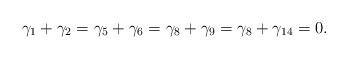
LaTeX: \begin{align*} \gamma_{1} + \gamma_{2}= \gamma_{5} + \gamma_{6} = \gamma_{8} + \gamma_{9} = \gamma_{8} + \gamma_{14} = 0. \end{align*}